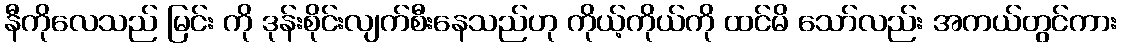
နီကိုလေသည် မြင်း ကို ဒုန်းစိုင်းလျက်စီးနေသည်ဟု ကိုယ့်ကိုယ်ကို ထင်မိ သော်လည်း အကယ်တွင်ကား